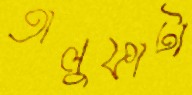
তালুফাটা